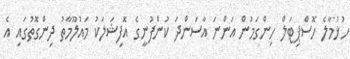
ހުޅުމާލެ ހޮސްޕިޓަލް ހިންގަމުން އަންނަ އާސަންދަ ކުންފުނީގެ އޮފިޝަލަކު މައުލޫމާތު ދިންގޮތުގައި އެ